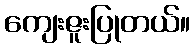
ကျေးဇူးပြုတယ်။